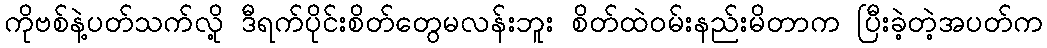
ကိုဗစ်နဲ့ပတ်သက်လို့ ဒီရက်ပိုင်းစိတ်တွေမလန်းဘူး စိတ်ထဲဝမ်းနည်းမိတာက ပြီးခဲ့တဲ့အပတ်က